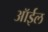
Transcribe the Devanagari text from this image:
ऑर्इल